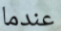
عندما